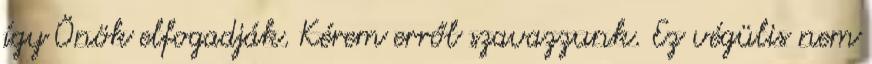
így Önök elfogadják. Kérem erről szavazzunk. Ez végülis nem